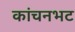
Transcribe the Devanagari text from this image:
कांचनभट